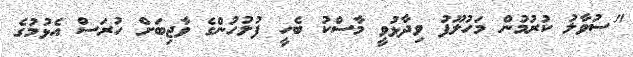
"ސުވާލު ކުރުމުން މަހުލޫފު ވިދާޅުވީ މާސްކު ބެހީ ފުލުހުންގެ ވާޖިބަށް ހުރަސް އެޅުމުގެ